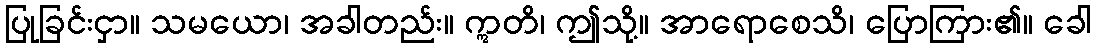
ပြုခြင်းငှာ။ သမယော၊ အခါတည်း။ ဣတိ၊ ဤသို့။ အာရောစေသိ၊ ပြောကြား၏။ ခေါ